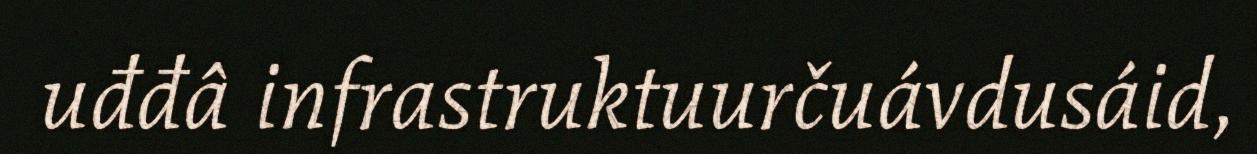
uđđâ infrastruktuurčuávdusáid,